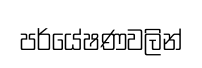
පර්යේෂණවලින්